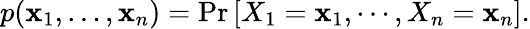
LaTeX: p(\mathbf{x}_{1},\ldots,\mathbf{x}_{n})=\operatorname*{Pr}\left[X_{1}=\mathbf{x}_{1},\cdots,X_{n}=\mathbf{x}_{n}\right].